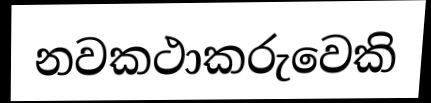
නවකථාකරුවෙකි